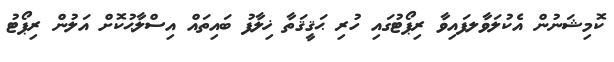
ކޮމިޝަނުން އެކުލަވާލފައިވާ ރިޕޯޓުގައި ހުރި ޙަޤީޤަތާ ޚިލާފު ބައިތައް އިސްލާޙުކޮށް އަލުން ރިޕޯޓު